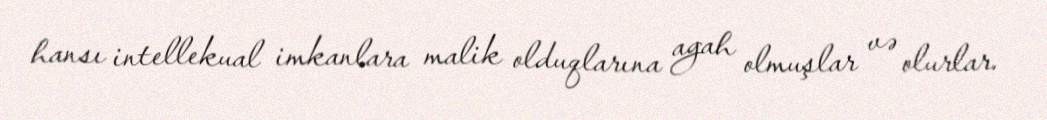
hansı intellekual imkanlara malik olduqlarına agah olmuşlar və olurlar.